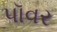
પૉવર